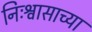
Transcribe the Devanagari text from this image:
निःश्वासाच्या